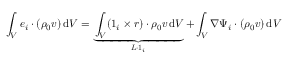
\int _ { V } \boldsymbol { e } _ { i } \boldsymbol { \cdot } ( \rho _ { 0 } \boldsymbol { v } ) \, \mathrm { d } V = \underbrace { \int _ { V } ( \boldsymbol { 1 } _ { i } \times \boldsymbol { r } ) \boldsymbol { \cdot } \rho _ { 0 } \boldsymbol { v } \, \mathrm { d } V } _ { \boldsymbol { L } \boldsymbol { \cdot } \boldsymbol { 1 } _ { i } } + \int _ { V } \nabla \Psi _ { i } \boldsymbol { \cdot } ( \rho _ { 0 } \boldsymbol { v } ) \, \mathrm { d } V